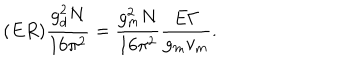
( E R ) \frac { g _ { d } ^ { 2 } N } { 1 6 \pi ^ { 2 } } = \frac { g _ { m } ^ { 2 } N } { 1 6 \pi ^ { 2 } } \frac { E \Gamma } { g _ { m } v _ { m } } .